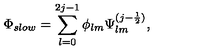
\Phi _ { s l o w } = \sum _ { l = 0 } ^ { 2 j - 1 } \phi _ { l m } \Psi _ { l m } ^ { ( j - \frac { 1 } { 2 } ) } ,